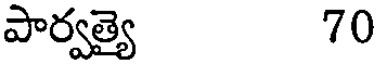
పార్వత్యై 70